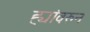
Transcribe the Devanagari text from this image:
ह्यांवरुन